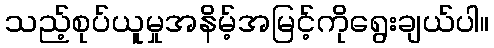
သည့်စုပ်ယူမှုအနိမ့်အမြင့်ကိုရွေးချယ်ပါ။